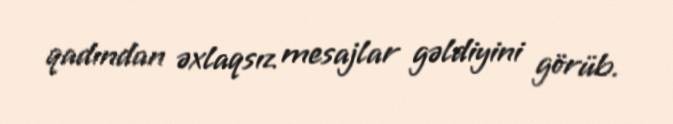
qadından əxlaqsız mesajlar gəldiyini görüb.